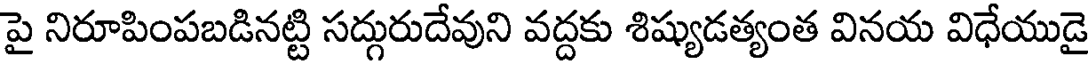
పై నిరూపింపబడినట్టి సద్గురుదేవుని వద్దకు శిష్యుడత్యంత వినయ విధేయుడై